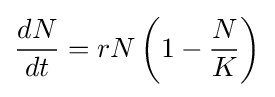
{\frac {dN}{dt}}=rN\left(1-{\frac {N}{K}}\right)